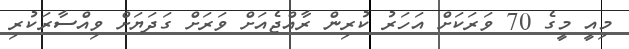
މިއީ މީގެ 70 ވަރަކަށް އަހަރު ކުރިން ރާއްޖެއަށް ވަރަށް ގަދަޔަށް ވިއްސާރަކުރި